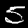
Label: 5